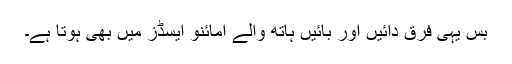
بس یہی فرق دائیں اور بائیں ہاتھ والے امائنو ایسڈز میں بھی ہوتا ہے۔